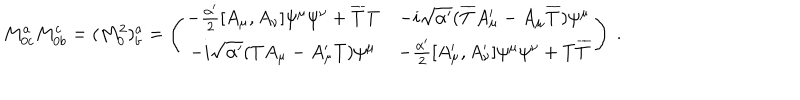
LaTeX: M _ { 0 c } ^ { a } M _ { 0 b } ^ { c } = ( M _ { 0 } ^ { 2 } ) _ { b } ^ { a } = \left( \begin{array} { c c } { { - \frac { \alpha ^ { \prime } } { 2 } [ A _ { \mu } , A _ { \nu } ] \psi ^ { \mu } \psi ^ { \nu } + \overline { { { T } } } T } } & { { - i \sqrt { \alpha ^ { \prime } } ( \overline { { { T } } } A _ { \mu } ^ { \prime } - A _ { \mu } \overline { { { T } } } ) \psi ^ { \mu } } } \\ { { - i \sqrt { \alpha ^ { \prime } } ( T A _ { \mu } - A _ { \mu } ^ { \prime } T ) \psi ^ { \mu } } } & { { - \frac { \alpha ^ { \prime } } { 2 } [ A _ { \mu } ^ { \prime } , A _ { \nu } ^ { \prime } ] \psi ^ { \mu } \psi ^ { \nu } + T \overline { { { T } } } } } \\ \end{array} \right) \ .